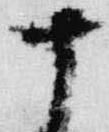
十